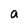
Character: a